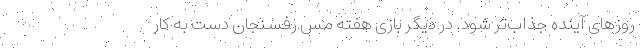
روزهای آینده جذاب‌تر شود. در دیگر بازی هفته مس رفسنجان دست به کار